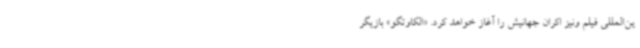
ین‌المللی فیلم ونیز اکران جهانیش را آغاز خواهد کرد. «الکاوتگو» بازیگر